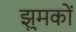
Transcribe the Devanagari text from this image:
झुमकों